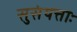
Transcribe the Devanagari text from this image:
सुसंयत्ताः